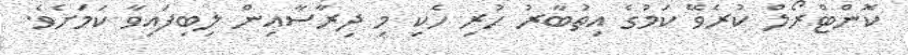
ކޮންޓްރޯލް ކުރެވޭ ކަމުގެ އިތުބާރު ހުރި ހެކި މި ދިރާސާއިން ލިބިފައިވާ ކަމަށެވެ.